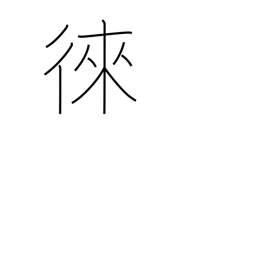
Meaning: encourage to come